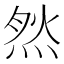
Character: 𱫙